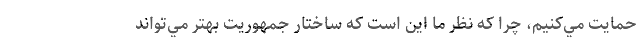
حمايت مي‌كنيم، چرا كه نظر ما اين است كه ساختار جمهوريت بهتر مي‌تواند